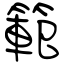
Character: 範